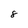
Character: 8